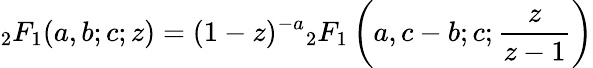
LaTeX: {}_{2}F_{1}(a,b;c;z)=(1-z)^{-a}{}_{2}F_{1}\left(a,c-b;c;{\frac{z}{z-1}}\right)